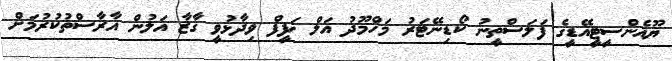
ޔޫއެންސީޓީއޭޑީގެ ފަލަސްތީނު ކޯޑިނޭޓަރު މަހްމޫދު އަލް ޚަފީފް ވިދާޅުވީ ގާޒާ އަލުން އާރާސްތުކުރުމަށް